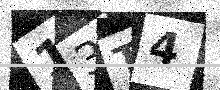
Text: 13T4